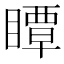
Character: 瞫